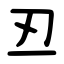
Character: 丒